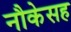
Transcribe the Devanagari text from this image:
नौकेसह